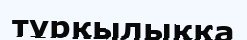
тұрқылыққа